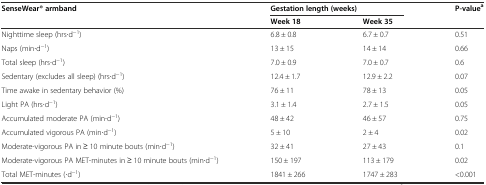
| <ROWSPAN=2> SenseWear® armband | <COLSPAN=2> Gestation length (weeks) | <ROWSPAN=2> P-valuea |
 | Week 18 | Week 35 |
 | --- | --- | --- | --- |
 | Nighttime sleep (hrs∙d−1) | 6.8 ± 0.8 | 6.7 ± 0.7 | 0.51 |
 | Naps (min∙d−1) | 13 ± 15 | 14 ± 14 | 0.66 |
 | Total sleep (hrs∙d−1) | 7.0 ± 0.9 | 7.0 ± 0.7 | 0.6 |
 | Sedentary (excludes all sleep) (hrs∙d−1) | 12.4 ± 1.7 | 12.9 ± 2.2 | 0.07 |
 | Time awake in sedentary behavior (%) | 76 ± 11 | 78 ± 13 | 0.05 |
 | Light PA (hrs∙d−1) | 3.1 ± 1.4 | 2.7 ± 1.5 | 0.05 |
 | Accumulated moderate PA (min∙d−1) | 48 ± 42 | 46 ± 57 | 0.75 |
 | Accumulated vigorous PA (min∙d−1) | 5 ± 10 | 2 ± 4 | 0.02 |
 | Moderate-vigorous PA in ≥ 10 minute bouts (min∙d−1) | 32 ± 41 | 27 ± 43 | 0.1 |
 | Moderate-vigorous PA MET-minutes in ≥ 10 minute bouts (min∙d−1) | 150 ± 197 | 113 ± 179 | 0.02 |
 | Total MET-minutes (∙d−1) | 1841 ± 266 | 1747 ± 283 | <0.001 |